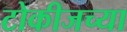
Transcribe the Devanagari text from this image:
टोकीजच्या